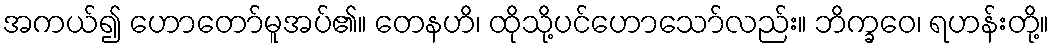
အကယ်၍ ဟောတော်မူအပ်၏။ တေနဟိ၊ ထိုသို့ပင်ဟောသော်လည်း။ ဘိက္ခဝေ၊ ရဟန်းတို့။